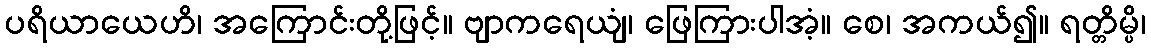
ပရိယာယေဟိ၊ အကြောင်းတို့ဖြင့်။ ဗျာကရေယျံ၊ ဖြေကြားပါအံ့။ စေ၊ အကယ်၍။ ရတ္တိမ္ပိ၊